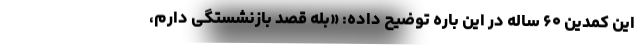
این کمدین ۶۰ ساله در این باره توضیح داده: «بله قصد بازنشستگی دارم،